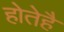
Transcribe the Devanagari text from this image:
होतेहै